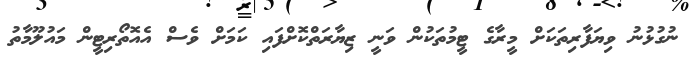
ނުގުޅުނު ވިޔަފާރިތަކަށް މީރާގެ ޓީމުތަކުން ވަނީ ޒިޔާރަތްކޮށްފައި ކަމަށް ވެސް އެއޮތޯރިޓީން މައުލޫމާތު